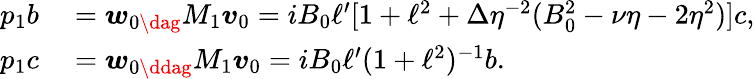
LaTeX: \begin{array}{rl}{p_{1}b}&{{}=\boldsymbol{w}_{0\dag}M_{1}\boldsymbol{v}_{0}=iB_{0}\ell^{\prime}[1+\ell^{2}+\Delta\eta^{-2}(B_{0}^{2}-\nu\eta-2\eta^{2})]c,}\\ {p_{1}c}&{{}=\boldsymbol{w}_{0\ddag}M_{1}\boldsymbol{v}_{0}=iB_{0}\ell^{\prime}(1+\ell^{2})^{-1}b.}\end{array}